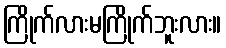
ကြိုက်လားမကြိုက်ဘူးလား။